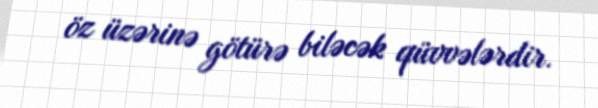
öz üzərinə götürə biləcək qüvvələrdir.